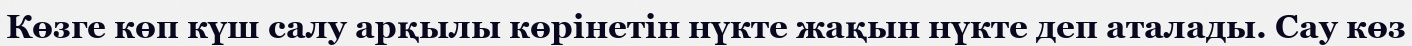
Көзге көп күш салу арқылы көрінетін нүкте жақын нүкте деп аталады. Сау көз